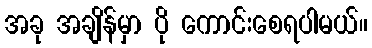
အခု အချိန်မှာ ပို ကောင်းစေရပါမယ်။